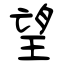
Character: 望